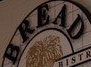
BREAD